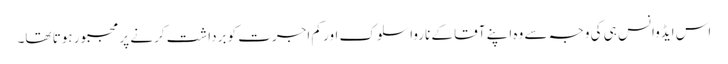
اس ایڈوانس ہی کی وجہ سے وہ اپنے آقا کے ناروا سلوک اور کم اجرت کو برداشت کرنے پر مجبور ہوتا تھا۔